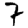
Digit: 7